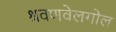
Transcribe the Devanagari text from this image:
श्रवणवेलगोल